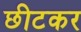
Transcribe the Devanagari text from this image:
छीटकर